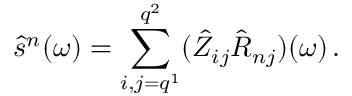
\hat { s } ^ { n } ( \omega ) = \sum _ { i , j = q ^ { 1 } } ^ { q ^ { 2 } } ( \hat { Z } _ { i j } \hat { R } _ { n j } ) ( \omega ) \, .